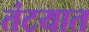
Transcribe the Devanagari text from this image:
तंटयात